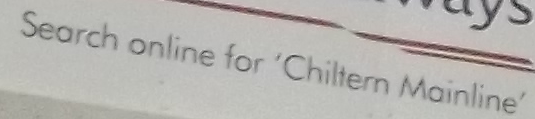
Search online for 'Chiltern Mainline'